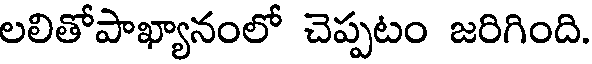
లలితోపాఖ్యానంలో చెప్పటం జరిగింది.